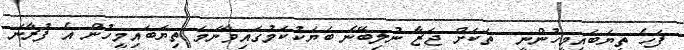
ފަހެ ތިޔަބައިމީހުންނީ  ތަކަށް ޖަޒާ ނުލިބޭނެ ބަޔަކުކަމުގައިވާނަމަ ތިޔަބައިމީހުން އެ ފުރާނަ